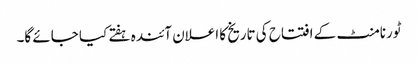
ٹورنامنٹ کے افتتاح کی تاریخ کا اعلان آئندہ ہفتے کیا جائے گا۔